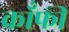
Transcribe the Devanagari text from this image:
काँफी